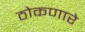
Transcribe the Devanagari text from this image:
ठोकणारे